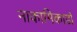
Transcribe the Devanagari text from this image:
नाकामिकाडो